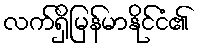
လက်ရှိမြန်မာနိုင်ငံ၏